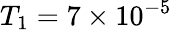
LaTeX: T_{1}=7\times 10^{-5}